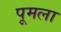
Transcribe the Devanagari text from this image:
पूमला